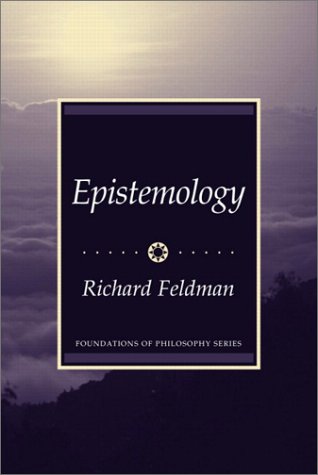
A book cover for Epistemology; Richard Feldman; Politics & Social Sciences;